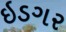
ઇડગર